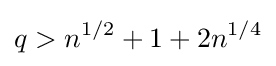
q>n^{1/2}+1+2n^{1/4}